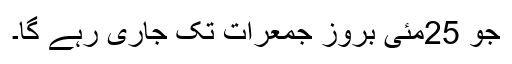
جو 25مئی بروز جمعرات تک جاری رہے گا۔